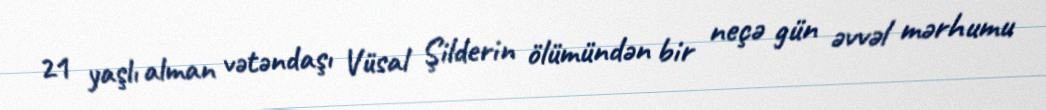
21 yaşlı alman vətəndaşı Vüsal Şilderin ölümündən bir neçə gün əvvəl mərhumu